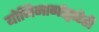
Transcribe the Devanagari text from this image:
योनिमार्गाद्वारेही